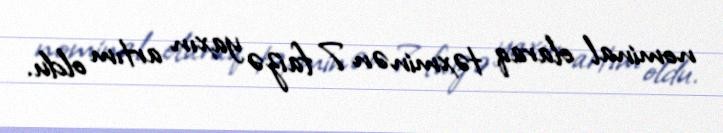
nominal olaraq təxminən 7 faizə yaxın artım oldu.